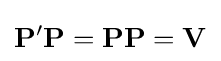
\mathbf {P} ^{\prime }\mathbf {P} =\mathbf {P} \mathbf {P} =\mathbf {V}